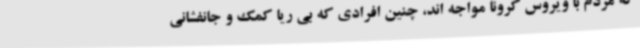
که مردم با ویروس کرونا مواجه اند، چنین افرادی که بی ریا کمک و جانفشانی